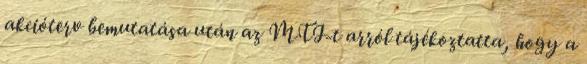
akcióterv bemutatása után az MTI-t arról tájékoztatta, hogy a